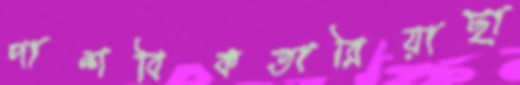
পাশবিকতারিয়াছা